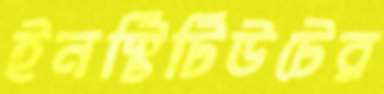
ইনস্টিটিউটের